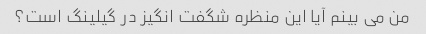
من می بینم آیا این منظره شگفت انگیز در گیلینگ است؟